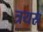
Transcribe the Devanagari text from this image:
त्रयस्र